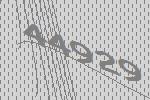
44929